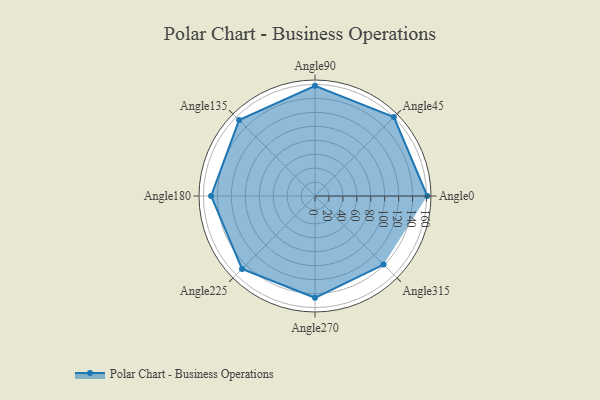
{"axis": {"x": "Angle", "y": "Radius"}, "legend": [""], "data": [{"x": "Angle0", "y": 161.0, "type": ""}, {"x": "Angle45", "y": 160.0, "type": ""}, {"x": "Angle90", "y": 158.0, "type": ""}, {"x": "Angle135", "y": 154.0, "type": ""}, {"x": "Angle180", "y": 149.0, "type": ""}, {"x": "Angle225", "y": 148.0, "type": ""}, {"x": "Angle270", "y": 146.0, "type": ""}, {"x": "Angle315", "y": 139.0, "type": ""}]}